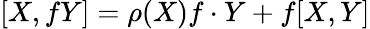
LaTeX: [X,fY]=\rho(X)f\cdot Y+f[X,Y]